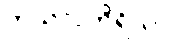
ကုသလကိရိယာ